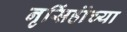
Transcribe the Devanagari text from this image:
नृसिंहांंच्या